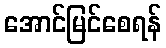
အောင်မြင်စေရန်